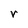
Character: r